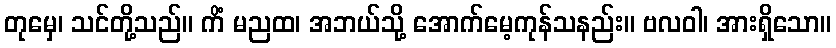
တုမှေ၊ သင်တို့သည်။ ကိံ မညထ၊ အဘယ်သို့ အောက်မေ့ကုန်သနည်း။ ဗလဝါ၊ အားရှိသော။